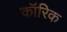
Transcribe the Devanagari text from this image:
कॉरिक